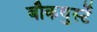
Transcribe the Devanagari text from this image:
बौकवुर्स्टे